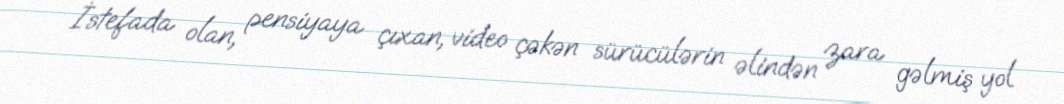
İstefada olan, pensiyaya çıxan, video çəkən sürücülərin əlindən zara gəlmiş yol